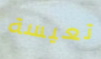
تعيسة